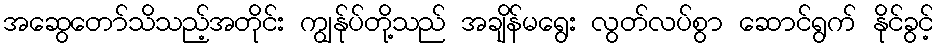
အဆွေတော်သိသည့်အတိုင်း ကျွန်ုပ်တို့သည် အချိန်မရွေး လွတ်လပ်စွာ ဆောင်ရွက် နိုင်ခွင့်